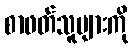
စာဖတ်သူများကို